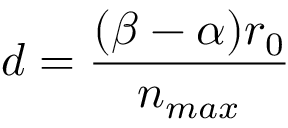
d = \frac { ( \beta - \alpha ) r _ { 0 } } { n _ { m a x } }